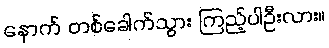
နောက် တစ်ခေါက်သွား ကြည့်ပါဦးလား။